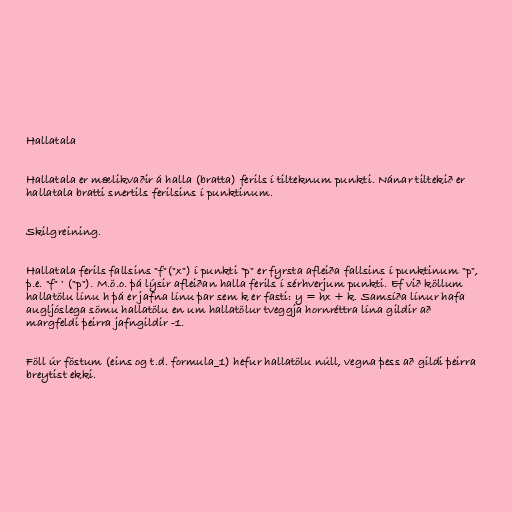
Hallatala

Hallatala er mælikvaðir á halla (bratta) ferils í tilteknum punkti. Nánar tiltekið er
hallatala bratti snertils ferilsins í punktinum.

Skilgreining.

Hallatala ferils fallsins "f"("x") í punkti "p" er fyrsta afleiða fallsins í punktinum "p",
þ.e. "f" ' ("p"). M.ö.o. þá lýsir afleiðan halla ferils í sérhverjum punkti. Ef við köllum
hallatölu línu h þá er jafna línu þar sem k er fasti: y = hx + k. Samsíða línur hafa
augljóslega sömu hallatölu en um hallatölur tveggja hornréttra lína gildir að
margfeldi þeirra jafngildir -1.

Föll úr föstum (eins og t.d. formula_1) hefur hallatölu núll, vegna þess að gildi þeirra
breytist ekki.